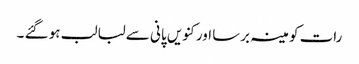
رات کو مینہ برسا اور کنویں پانی سے لبالب ہو گئے ۔